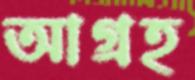
আগ্রহ